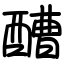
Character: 醩